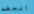
الحشد